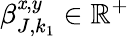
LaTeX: \beta_{J,k_{1}}^{\mathit{x},y}\in\mathbb{{R}}^{+}